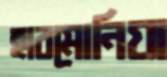
হারমোনিয়া